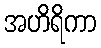
အဟိရိကာ